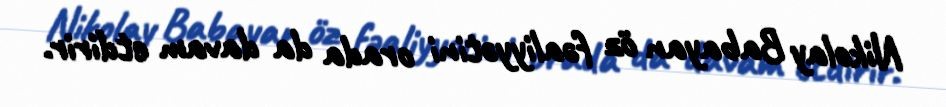
Nikolay Babayan öz fəaliyyətini orada da davam etdirir.